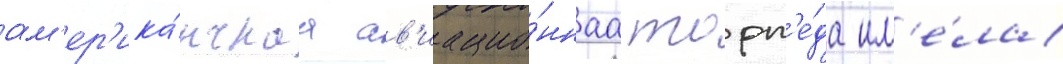
ам'ер'ика́нскаа ав'иацио́ннаа торп'е́да им'е́ла